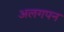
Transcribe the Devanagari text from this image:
अलगपन